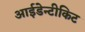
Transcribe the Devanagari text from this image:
आईडेन्टीकिट